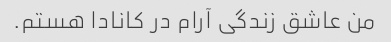
من عاشق زندگی آرام در کانادا هستم.